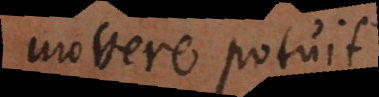
movere potuit,